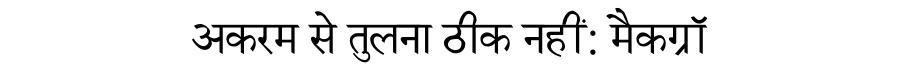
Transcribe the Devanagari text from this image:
अकरम से तुलना ठीक नहीं: मैकग्रॉ